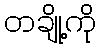
တချို့ကို